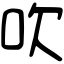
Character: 吹